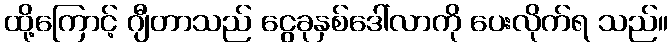
ထို့ကြောင့် ဂျီတာသည် ငွေခုနှစ်ဒေါ်လာကို ပေးလိုက်ရ သည်။